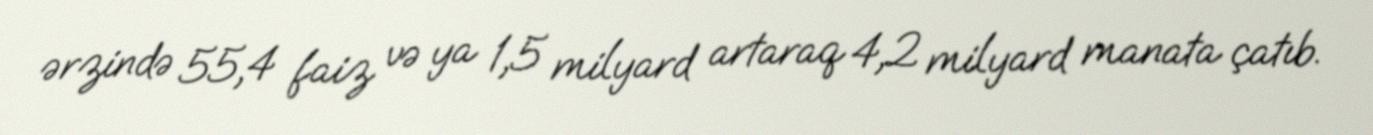
ərzində 55,4 faiz və ya 1,5 milyard artaraq 4,2 milyard manata çatıb.